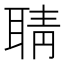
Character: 聙